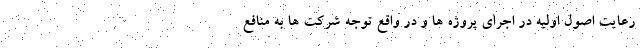
رعایت اصول اولیه در اجرای پروژه ها و در واقع توجه شرکت ها به منافع